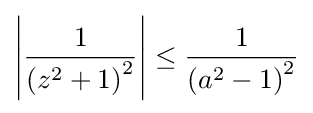
\left|{\frac {1}{\left(z^{2}+1\right)^{2}}}\right|\leq {\frac {1}{\left(a^{2}-1\right)^{2}}}